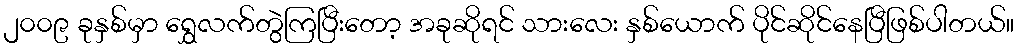
၂၀၀၉ ခုနှစ်မှာ ရွှေလက်တွဲကြပြီးတော့ အခုဆိုရင် သားလေး နှစ်ယောက် ပိုင်ဆိုင်နေပြီဖြစ်ပါတယ်။